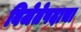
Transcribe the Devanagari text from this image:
विजेतेपदाचा